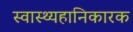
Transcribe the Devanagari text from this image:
स्वास्थ्यहानिकारक